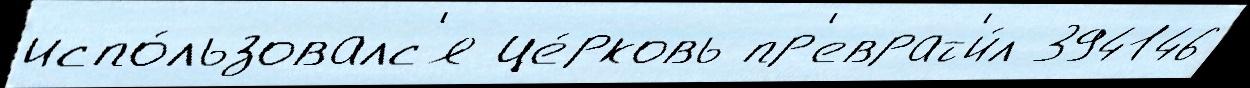
испо́льзовалс'я це́рковь пр'еврат'и́л 394146